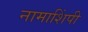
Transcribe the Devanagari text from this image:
नामाशिंपी